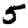
Digit: 5